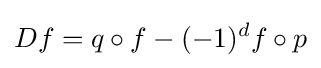
Df=q\circ f-(-1)^{d}f\circ p